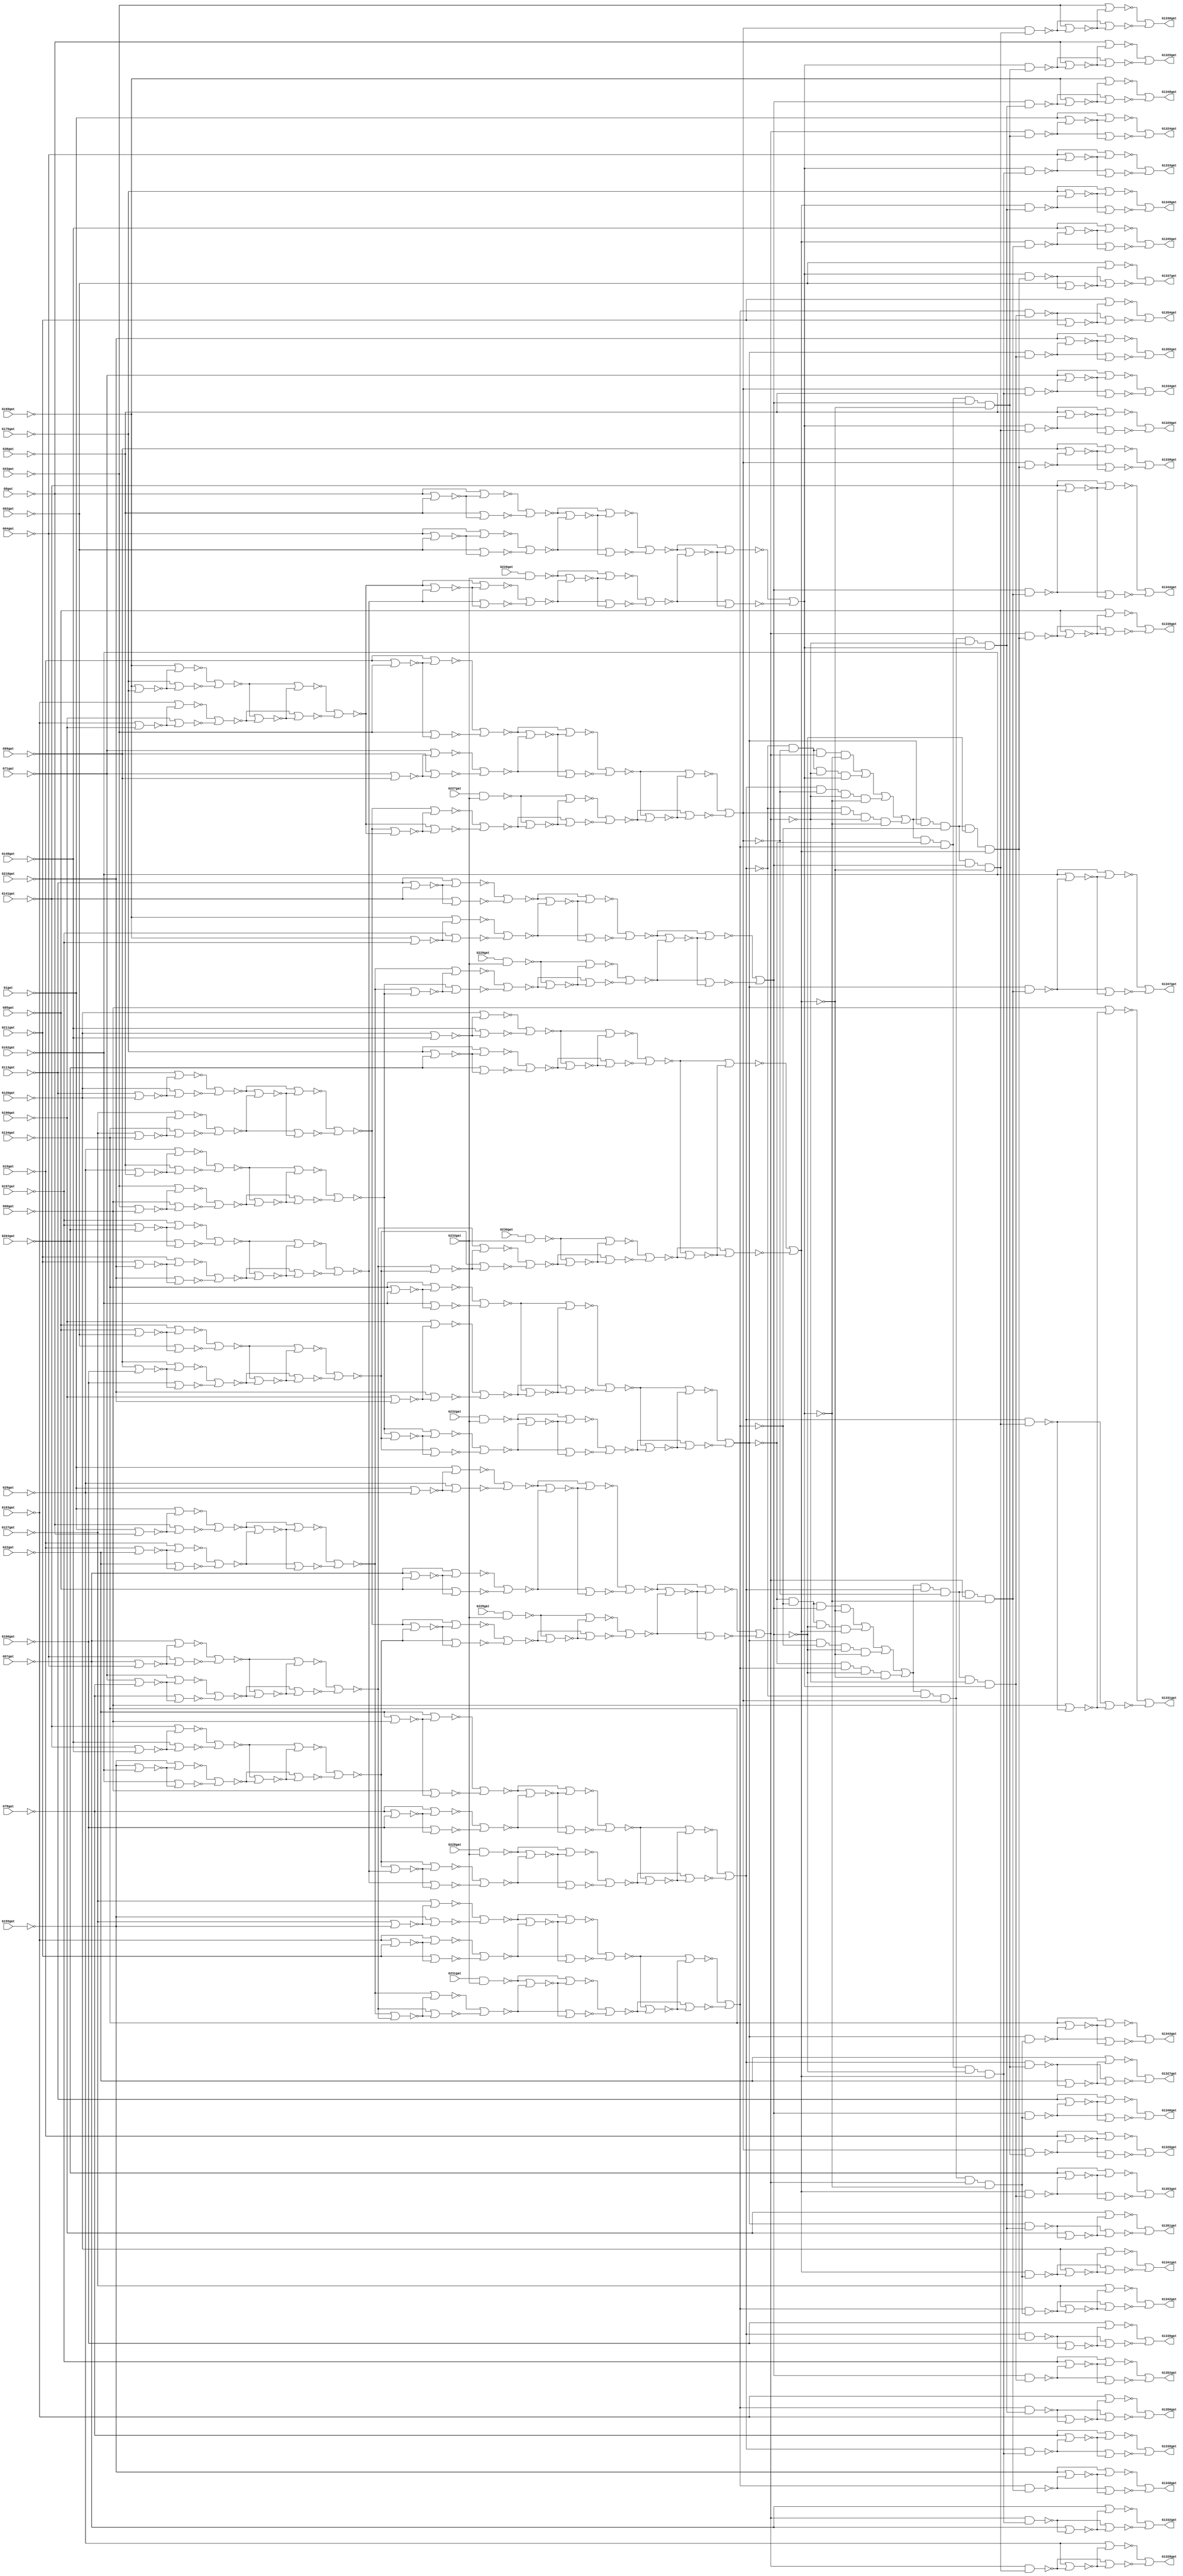
// Benchmark "../Benchmarks/c1355" written by ABC on Fri Feb  4 08:43:48 2022

module c1355  ( 
    G1gat, G8gat, G15gat, G22gat, G29gat, G36gat, G43gat, G50gat, G57gat,
    G64gat, G71gat, G78gat, G85gat, G92gat, G99gat, G106gat, G113gat,
    G120gat, G127gat, G134gat, G141gat, G148gat, G155gat, G162gat, G169gat,
    G176gat, G183gat, G190gat, G197gat, G204gat, G211gat, G218gat, G225gat,
    G226gat, G227gat, G228gat, G229gat, G230gat, G231gat, G232gat, G233gat,
    G1324gat, G1325gat, G1326gat, G1327gat, G1328gat, G1329gat, G1330gat,
    G1331gat, G1332gat, G1333gat, G1334gat, G1335gat, G1336gat, G1337gat,
    G1338gat, G1339gat, G1340gat, G1341gat, G1342gat, G1343gat, G1344gat,
    G1345gat, G1346gat, G1347gat, G1348gat, G1349gat, G1350gat, G1351gat,
    G1352gat, G1353gat, G1354gat, G1355gat  );
  input  G1gat, G8gat, G15gat, G22gat, G29gat, G36gat, G43gat, G50gat,
    G57gat, G64gat, G71gat, G78gat, G85gat, G92gat, G99gat, G106gat,
    G113gat, G120gat, G127gat, G134gat, G141gat, G148gat, G155gat, G162gat,
    G169gat, G176gat, G183gat, G190gat, G197gat, G204gat, G211gat, G218gat,
    G225gat, G226gat, G227gat, G228gat, G229gat, G230gat, G231gat, G232gat,
    G233gat;
  output G1324gat, G1325gat, G1326gat, G1327gat, G1328gat, G1329gat, G1330gat,
    G1331gat, G1332gat, G1333gat, G1334gat, G1335gat, G1336gat, G1337gat,
    G1338gat, G1339gat, G1340gat, G1341gat, G1342gat, G1343gat, G1344gat,
    G1345gat, G1346gat, G1347gat, G1348gat, G1349gat, G1350gat, G1351gat,
    G1352gat, G1353gat, G1354gat, G1355gat;
  wire new_G242gat_, new_G245gat_, new_G248gat_, new_G251gat_, new_G254gat_,
    new_G257gat_, new_G260gat_, new_G263gat_, new_G266gat_, new_G269gat_,
    new_G272gat_, new_G275gat_, new_G278gat_, new_G281gat_, new_G284gat_,
    new_G287gat_, new_G290gat_, new_G293gat_, new_G296gat_, new_G299gat_,
    new_G302gat_, new_G305gat_, new_G308gat_, new_G311gat_, new_G314gat_,
    new_G317gat_, new_G320gat_, new_G323gat_, new_G326gat_, new_G329gat_,
    new_G332gat_, new_G335gat_, new_G338gat_, new_G341gat_, new_G344gat_,
    new_G347gat_, new_G350gat_, new_G353gat_, new_G356gat_, new_G359gat_,
    new_G362gat_, new_G363gat_, new_G364gat_, new_G365gat_, new_G366gat_,
    new_G367gat_, new_G368gat_, new_G369gat_, new_G370gat_, new_G371gat_,
    new_G372gat_, new_G373gat_, new_G374gat_, new_G375gat_, new_G376gat_,
    new_G377gat_, new_G378gat_, new_G379gat_, new_G380gat_, new_G381gat_,
    new_G382gat_, new_G383gat_, new_G384gat_, new_G385gat_, new_G386gat_,
    new_G387gat_, new_G388gat_, new_G389gat_, new_G390gat_, new_G391gat_,
    new_G392gat_, new_G393gat_, new_G394gat_, new_G395gat_, new_G396gat_,
    new_G397gat_, new_G398gat_, new_G399gat_, new_G400gat_, new_G401gat_,
    new_G402gat_, new_G403gat_, new_G404gat_, new_G405gat_, new_G406gat_,
    new_G407gat_, new_G408gat_, new_G409gat_, new_G410gat_, new_G411gat_,
    new_G412gat_, new_G413gat_, new_G414gat_, new_G415gat_, new_G416gat_,
    new_G417gat_, new_G418gat_, new_G419gat_, new_G420gat_, new_G421gat_,
    new_G422gat_, new_G423gat_, new_G424gat_, new_G425gat_, new_G426gat_,
    new_G429gat_, new_G432gat_, new_G435gat_, new_G438gat_, new_G441gat_,
    new_G444gat_, new_G447gat_, new_G450gat_, new_G453gat_, new_G456gat_,
    new_G459gat_, new_G462gat_, new_G465gat_, new_G468gat_, new_G471gat_,
    new_G474gat_, new_G477gat_, new_G480gat_, new_G483gat_, new_G486gat_,
    new_G489gat_, new_G492gat_, new_G495gat_, new_G498gat_, new_G501gat_,
    new_G504gat_, new_G507gat_, new_G510gat_, new_G513gat_, new_G516gat_,
    new_G519gat_, new_G522gat_, new_G525gat_, new_G528gat_, new_G531gat_,
    new_G534gat_, new_G537gat_, new_G540gat_, new_G543gat_, new_G546gat_,
    new_G549gat_, new_G552gat_, new_G555gat_, new_G558gat_, new_G561gat_,
    new_G564gat_, new_G567gat_, new_G570gat_, new_G571gat_, new_G572gat_,
    new_G573gat_, new_G574gat_, new_G575gat_, new_G576gat_, new_G577gat_,
    new_G578gat_, new_G579gat_, new_G580gat_, new_G581gat_, new_G582gat_,
    new_G583gat_, new_G584gat_, new_G585gat_, new_G586gat_, new_G587gat_,
    new_G588gat_, new_G589gat_, new_G590gat_, new_G591gat_, new_G592gat_,
    new_G593gat_, new_G594gat_, new_G595gat_, new_G596gat_, new_G597gat_,
    new_G598gat_, new_G599gat_, new_G600gat_, new_G601gat_, new_G602gat_,
    new_G607gat_, new_G612gat_, new_G617gat_, new_G622gat_, new_G627gat_,
    new_G632gat_, new_G637gat_, new_G642gat_, new_G645gat_, new_G648gat_,
    new_G651gat_, new_G654gat_, new_G657gat_, new_G660gat_, new_G663gat_,
    new_G666gat_, new_G669gat_, new_G672gat_, new_G675gat_, new_G678gat_,
    new_G681gat_, new_G684gat_, new_G687gat_, new_G690gat_, new_G691gat_,
    new_G692gat_, new_G693gat_, new_G694gat_, new_G695gat_, new_G696gat_,
    new_G697gat_, new_G698gat_, new_G699gat_, new_G700gat_, new_G701gat_,
    new_G702gat_, new_G703gat_, new_G704gat_, new_G705gat_, new_G706gat_,
    new_G709gat_, new_G712gat_, new_G715gat_, new_G718gat_, new_G721gat_,
    new_G724gat_, new_G727gat_, new_G730gat_, new_G733gat_, new_G736gat_,
    new_G739gat_, new_G742gat_, new_G745gat_, new_G748gat_, new_G751gat_,
    new_G754gat_, new_G755gat_, new_G756gat_, new_G757gat_, new_G758gat_,
    new_G759gat_, new_G760gat_, new_G761gat_, new_G762gat_, new_G763gat_,
    new_G764gat_, new_G765gat_, new_G766gat_, new_G767gat_, new_G768gat_,
    new_G769gat_, new_G770gat_, new_G773gat_, new_G776gat_, new_G779gat_,
    new_G782gat_, new_G785gat_, new_G788gat_, new_G791gat_, new_G794gat_,
    new_G797gat_, new_G800gat_, new_G803gat_, new_G806gat_, new_G809gat_,
    new_G812gat_, new_G815gat_, new_G818gat_, new_G819gat_, new_G820gat_,
    new_G821gat_, new_G822gat_, new_G823gat_, new_G824gat_, new_G825gat_,
    new_G826gat_, new_G827gat_, new_G828gat_, new_G829gat_, new_G830gat_,
    new_G831gat_, new_G832gat_, new_G833gat_, new_G834gat_, new_G847gat_,
    new_G860gat_, new_G873gat_, new_G886gat_, new_G899gat_, new_G912gat_,
    new_G925gat_, new_G938gat_, new_G939gat_, new_G940gat_, new_G941gat_,
    new_G942gat_, new_G943gat_, new_G944gat_, new_G945gat_, new_G946gat_,
    new_G947gat_, new_G948gat_, new_G949gat_, new_G950gat_, new_G951gat_,
    new_G952gat_, new_G953gat_, new_G954gat_, new_G955gat_, new_G956gat_,
    new_G957gat_, new_G958gat_, new_G959gat_, new_G960gat_, new_G961gat_,
    new_G962gat_, new_G963gat_, new_G964gat_, new_G965gat_, new_G966gat_,
    new_G967gat_, new_G968gat_, new_G969gat_, new_G970gat_, new_G971gat_,
    new_G972gat_, new_G973gat_, new_G974gat_, new_G975gat_, new_G976gat_,
    new_G977gat_, new_G978gat_, new_G979gat_, new_G980gat_, new_G981gat_,
    new_G982gat_, new_G983gat_, new_G984gat_, new_G985gat_, new_G986gat_,
    new_G991gat_, new_G996gat_, new_G1001gat_, new_G1006gat_,
    new_G1011gat_, new_G1016gat_, new_G1021gat_, new_G1026gat_,
    new_G1031gat_, new_G1036gat_, new_G1039gat_, new_G1042gat_,
    new_G1045gat_, new_G1048gat_, new_G1051gat_, new_G1054gat_,
    new_G1057gat_, new_G1060gat_, new_G1063gat_, new_G1066gat_,
    new_G1069gat_, new_G1072gat_, new_G1075gat_, new_G1078gat_,
    new_G1081gat_, new_G1084gat_, new_G1087gat_, new_G1090gat_,
    new_G1093gat_, new_G1096gat_, new_G1099gat_, new_G1102gat_,
    new_G1105gat_, new_G1108gat_, new_G1111gat_, new_G1114gat_,
    new_G1117gat_, new_G1120gat_, new_G1123gat_, new_G1126gat_,
    new_G1129gat_, new_G1132gat_, new_G1135gat_, new_G1138gat_,
    new_G1141gat_, new_G1144gat_, new_G1147gat_, new_G1150gat_,
    new_G1153gat_, new_G1156gat_, new_G1159gat_, new_G1162gat_,
    new_G1165gat_, new_G1168gat_, new_G1171gat_, new_G1174gat_,
    new_G1177gat_, new_G1180gat_, new_G1183gat_, new_G1186gat_,
    new_G1189gat_, new_G1192gat_, new_G1195gat_, new_G1198gat_,
    new_G1201gat_, new_G1204gat_, new_G1207gat_, new_G1210gat_,
    new_G1213gat_, new_G1216gat_, new_G1219gat_, new_G1222gat_,
    new_G1225gat_, new_G1228gat_, new_G1229gat_, new_G1230gat_,
    new_G1231gat_, new_G1232gat_, new_G1233gat_, new_G1234gat_,
    new_G1235gat_, new_G1236gat_, new_G1237gat_, new_G1238gat_,
    new_G1239gat_, new_G1240gat_, new_G1241gat_, new_G1242gat_,
    new_G1243gat_, new_G1244gat_, new_G1245gat_, new_G1246gat_,
    new_G1247gat_, new_G1248gat_, new_G1249gat_, new_G1250gat_,
    new_G1251gat_, new_G1252gat_, new_G1253gat_, new_G1254gat_,
    new_G1255gat_, new_G1256gat_, new_G1257gat_, new_G1258gat_,
    new_G1259gat_, new_G1260gat_, new_G1261gat_, new_G1262gat_,
    new_G1263gat_, new_G1264gat_, new_G1265gat_, new_G1266gat_,
    new_G1267gat_, new_G1268gat_, new_G1269gat_, new_G1270gat_,
    new_G1271gat_, new_G1272gat_, new_G1273gat_, new_G1274gat_,
    new_G1275gat_, new_G1276gat_, new_G1277gat_, new_G1278gat_,
    new_G1279gat_, new_G1280gat_, new_G1281gat_, new_G1282gat_,
    new_G1283gat_, new_G1284gat_, new_G1285gat_, new_G1286gat_,
    new_G1287gat_, new_G1288gat_, new_G1289gat_, new_G1290gat_,
    new_G1291gat_, new_G1292gat_, new_G1293gat_, new_G1294gat_,
    new_G1295gat_, new_G1296gat_, new_G1297gat_, new_G1298gat_,
    new_G1299gat_, new_G1300gat_, new_G1301gat_, new_G1302gat_,
    new_G1303gat_, new_G1304gat_, new_G1305gat_, new_G1306gat_,
    new_G1307gat_, new_G1308gat_, new_G1309gat_, new_G1310gat_,
    new_G1311gat_, new_G1312gat_, new_G1313gat_, new_G1314gat_,
    new_G1315gat_, new_G1316gat_, new_G1317gat_, new_G1318gat_,
    new_G1319gat_, new_G1320gat_, new_G1321gat_, new_G1322gat_,
    new_G1323gat_;
  assign new_G242gat_ = G225gat & G233gat;
  assign new_G245gat_ = G226gat & G233gat;
  assign new_G248gat_ = G227gat & G233gat;
  assign new_G251gat_ = G228gat & G233gat;
  assign new_G254gat_ = G229gat & G233gat;
  assign new_G257gat_ = G230gat & G233gat;
  assign new_G260gat_ = G231gat & G233gat;
  assign new_G263gat_ = G232gat & G233gat;
  assign new_G266gat_ = ~G1gat | ~G8gat;
  assign new_G269gat_ = ~G15gat | ~G22gat;
  assign new_G272gat_ = ~G29gat | ~G36gat;
  assign new_G275gat_ = ~G43gat | ~G50gat;
  assign new_G278gat_ = ~G57gat | ~G64gat;
  assign new_G281gat_ = ~G71gat | ~G78gat;
  assign new_G284gat_ = ~G85gat | ~G92gat;
  assign new_G287gat_ = ~G99gat | ~G106gat;
  assign new_G290gat_ = ~G113gat | ~G120gat;
  assign new_G293gat_ = ~G127gat | ~G134gat;
  assign new_G296gat_ = ~G141gat | ~G148gat;
  assign new_G299gat_ = ~G155gat | ~G162gat;
  assign new_G302gat_ = ~G169gat | ~G176gat;
  assign new_G305gat_ = ~G183gat | ~G190gat;
  assign new_G308gat_ = ~G197gat | ~G204gat;
  assign new_G311gat_ = ~G211gat | ~G218gat;
  assign new_G314gat_ = ~G1gat | ~G29gat;
  assign new_G317gat_ = ~G57gat | ~G85gat;
  assign new_G320gat_ = ~G8gat | ~G36gat;
  assign new_G323gat_ = ~G64gat | ~G92gat;
  assign new_G326gat_ = ~G15gat | ~G43gat;
  assign new_G329gat_ = ~G71gat | ~G99gat;
  assign new_G332gat_ = ~G22gat | ~G50gat;
  assign new_G335gat_ = ~G78gat | ~G106gat;
  assign new_G338gat_ = ~G113gat | ~G141gat;
  assign new_G341gat_ = ~G169gat | ~G197gat;
  assign new_G344gat_ = ~G120gat | ~G148gat;
  assign new_G347gat_ = ~G176gat | ~G204gat;
  assign new_G350gat_ = ~G127gat | ~G155gat;
  assign new_G353gat_ = ~G183gat | ~G211gat;
  assign new_G356gat_ = ~G134gat | ~G162gat;
  assign new_G359gat_ = ~G190gat | ~G218gat;
  assign new_G362gat_ = ~G1gat | ~new_G266gat_;
  assign new_G363gat_ = ~G8gat | ~new_G266gat_;
  assign new_G364gat_ = ~G15gat | ~new_G269gat_;
  assign new_G365gat_ = ~G22gat | ~new_G269gat_;
  assign new_G366gat_ = ~G29gat | ~new_G272gat_;
  assign new_G367gat_ = ~G36gat | ~new_G272gat_;
  assign new_G368gat_ = ~G43gat | ~new_G275gat_;
  assign new_G369gat_ = ~G50gat | ~new_G275gat_;
  assign new_G370gat_ = ~G57gat | ~new_G278gat_;
  assign new_G371gat_ = ~G64gat | ~new_G278gat_;
  assign new_G372gat_ = ~G71gat | ~new_G281gat_;
  assign new_G373gat_ = ~G78gat | ~new_G281gat_;
  assign new_G374gat_ = ~G85gat | ~new_G284gat_;
  assign new_G375gat_ = ~G92gat | ~new_G284gat_;
  assign new_G376gat_ = ~G99gat | ~new_G287gat_;
  assign new_G377gat_ = ~G106gat | ~new_G287gat_;
  assign new_G378gat_ = ~G113gat | ~new_G290gat_;
  assign new_G379gat_ = ~G120gat | ~new_G290gat_;
  assign new_G380gat_ = ~G127gat | ~new_G293gat_;
  assign new_G381gat_ = ~G134gat | ~new_G293gat_;
  assign new_G382gat_ = ~G141gat | ~new_G296gat_;
  assign new_G383gat_ = ~G148gat | ~new_G296gat_;
  assign new_G384gat_ = ~G155gat | ~new_G299gat_;
  assign new_G385gat_ = ~G162gat | ~new_G299gat_;
  assign new_G386gat_ = ~G169gat | ~new_G302gat_;
  assign new_G387gat_ = ~G176gat | ~new_G302gat_;
  assign new_G388gat_ = ~G183gat | ~new_G305gat_;
  assign new_G389gat_ = ~G190gat | ~new_G305gat_;
  assign new_G390gat_ = ~G197gat | ~new_G308gat_;
  assign new_G391gat_ = ~G204gat | ~new_G308gat_;
  assign new_G392gat_ = ~G211gat | ~new_G311gat_;
  assign new_G393gat_ = ~G218gat | ~new_G311gat_;
  assign new_G394gat_ = ~G1gat | ~new_G314gat_;
  assign new_G395gat_ = ~G29gat | ~new_G314gat_;
  assign new_G396gat_ = ~G57gat | ~new_G317gat_;
  assign new_G397gat_ = ~G85gat | ~new_G317gat_;
  assign new_G398gat_ = ~G8gat | ~new_G320gat_;
  assign new_G399gat_ = ~G36gat | ~new_G320gat_;
  assign new_G400gat_ = ~G64gat | ~new_G323gat_;
  assign new_G401gat_ = ~G92gat | ~new_G323gat_;
  assign new_G402gat_ = ~G15gat | ~new_G326gat_;
  assign new_G403gat_ = ~G43gat | ~new_G326gat_;
  assign new_G404gat_ = ~G71gat | ~new_G329gat_;
  assign new_G405gat_ = ~G99gat | ~new_G329gat_;
  assign new_G406gat_ = ~G22gat | ~new_G332gat_;
  assign new_G407gat_ = ~G50gat | ~new_G332gat_;
  assign new_G408gat_ = ~G78gat | ~new_G335gat_;
  assign new_G409gat_ = ~G106gat | ~new_G335gat_;
  assign new_G410gat_ = ~G113gat | ~new_G338gat_;
  assign new_G411gat_ = ~G141gat | ~new_G338gat_;
  assign new_G412gat_ = ~G169gat | ~new_G341gat_;
  assign new_G413gat_ = ~G197gat | ~new_G341gat_;
  assign new_G414gat_ = ~G120gat | ~new_G344gat_;
  assign new_G415gat_ = ~G148gat | ~new_G344gat_;
  assign new_G416gat_ = ~G176gat | ~new_G347gat_;
  assign new_G417gat_ = ~G204gat | ~new_G347gat_;
  assign new_G418gat_ = ~G127gat | ~new_G350gat_;
  assign new_G419gat_ = ~G155gat | ~new_G350gat_;
  assign new_G420gat_ = ~G183gat | ~new_G353gat_;
  assign new_G421gat_ = ~G211gat | ~new_G353gat_;
  assign new_G422gat_ = ~G134gat | ~new_G356gat_;
  assign new_G423gat_ = ~G162gat | ~new_G356gat_;
  assign new_G424gat_ = ~G190gat | ~new_G359gat_;
  assign new_G425gat_ = ~G218gat | ~new_G359gat_;
  assign new_G426gat_ = ~new_G362gat_ | ~new_G363gat_;
  assign new_G429gat_ = ~new_G364gat_ | ~new_G365gat_;
  assign new_G432gat_ = ~new_G366gat_ | ~new_G367gat_;
  assign new_G435gat_ = ~new_G368gat_ | ~new_G369gat_;
  assign new_G438gat_ = ~new_G370gat_ | ~new_G371gat_;
  assign new_G441gat_ = ~new_G372gat_ | ~new_G373gat_;
  assign new_G444gat_ = ~new_G374gat_ | ~new_G375gat_;
  assign new_G447gat_ = ~new_G376gat_ | ~new_G377gat_;
  assign new_G450gat_ = ~new_G378gat_ | ~new_G379gat_;
  assign new_G453gat_ = ~new_G380gat_ | ~new_G381gat_;
  assign new_G456gat_ = ~new_G382gat_ | ~new_G383gat_;
  assign new_G459gat_ = ~new_G384gat_ | ~new_G385gat_;
  assign new_G462gat_ = ~new_G386gat_ | ~new_G387gat_;
  assign new_G465gat_ = ~new_G388gat_ | ~new_G389gat_;
  assign new_G468gat_ = ~new_G390gat_ | ~new_G391gat_;
  assign new_G471gat_ = ~new_G392gat_ | ~new_G393gat_;
  assign new_G474gat_ = ~new_G394gat_ | ~new_G395gat_;
  assign new_G477gat_ = ~new_G396gat_ | ~new_G397gat_;
  assign new_G480gat_ = ~new_G398gat_ | ~new_G399gat_;
  assign new_G483gat_ = ~new_G400gat_ | ~new_G401gat_;
  assign new_G486gat_ = ~new_G402gat_ | ~new_G403gat_;
  assign new_G489gat_ = ~new_G404gat_ | ~new_G405gat_;
  assign new_G492gat_ = ~new_G406gat_ | ~new_G407gat_;
  assign new_G495gat_ = ~new_G408gat_ | ~new_G409gat_;
  assign new_G498gat_ = ~new_G410gat_ | ~new_G411gat_;
  assign new_G501gat_ = ~new_G412gat_ | ~new_G413gat_;
  assign new_G504gat_ = ~new_G414gat_ | ~new_G415gat_;
  assign new_G507gat_ = ~new_G416gat_ | ~new_G417gat_;
  assign new_G510gat_ = ~new_G418gat_ | ~new_G419gat_;
  assign new_G513gat_ = ~new_G420gat_ | ~new_G421gat_;
  assign new_G516gat_ = ~new_G422gat_ | ~new_G423gat_;
  assign new_G519gat_ = ~new_G424gat_ | ~new_G425gat_;
  assign new_G522gat_ = ~new_G426gat_ | ~new_G429gat_;
  assign new_G525gat_ = ~new_G432gat_ | ~new_G435gat_;
  assign new_G528gat_ = ~new_G438gat_ | ~new_G441gat_;
  assign new_G531gat_ = ~new_G444gat_ | ~new_G447gat_;
  assign new_G534gat_ = ~new_G450gat_ | ~new_G453gat_;
  assign new_G537gat_ = ~new_G456gat_ | ~new_G459gat_;
  assign new_G540gat_ = ~new_G462gat_ | ~new_G465gat_;
  assign new_G543gat_ = ~new_G468gat_ | ~new_G471gat_;
  assign new_G546gat_ = ~new_G474gat_ | ~new_G477gat_;
  assign new_G549gat_ = ~new_G480gat_ | ~new_G483gat_;
  assign new_G552gat_ = ~new_G486gat_ | ~new_G489gat_;
  assign new_G555gat_ = ~new_G492gat_ | ~new_G495gat_;
  assign new_G558gat_ = ~new_G498gat_ | ~new_G501gat_;
  assign new_G561gat_ = ~new_G504gat_ | ~new_G507gat_;
  assign new_G564gat_ = ~new_G510gat_ | ~new_G513gat_;
  assign new_G567gat_ = ~new_G516gat_ | ~new_G519gat_;
  assign new_G570gat_ = ~new_G426gat_ | ~new_G522gat_;
  assign new_G571gat_ = ~new_G429gat_ | ~new_G522gat_;
  assign new_G572gat_ = ~new_G432gat_ | ~new_G525gat_;
  assign new_G573gat_ = ~new_G435gat_ | ~new_G525gat_;
  assign new_G574gat_ = ~new_G438gat_ | ~new_G528gat_;
  assign new_G575gat_ = ~new_G441gat_ | ~new_G528gat_;
  assign new_G576gat_ = ~new_G444gat_ | ~new_G531gat_;
  assign new_G577gat_ = ~new_G447gat_ | ~new_G531gat_;
  assign new_G578gat_ = ~new_G450gat_ | ~new_G534gat_;
  assign new_G579gat_ = ~new_G453gat_ | ~new_G534gat_;
  assign new_G580gat_ = ~new_G456gat_ | ~new_G537gat_;
  assign new_G581gat_ = ~new_G459gat_ | ~new_G537gat_;
  assign new_G582gat_ = ~new_G462gat_ | ~new_G540gat_;
  assign new_G583gat_ = ~new_G465gat_ | ~new_G540gat_;
  assign new_G584gat_ = ~new_G468gat_ | ~new_G543gat_;
  assign new_G585gat_ = ~new_G471gat_ | ~new_G543gat_;
  assign new_G586gat_ = ~new_G474gat_ | ~new_G546gat_;
  assign new_G587gat_ = ~new_G477gat_ | ~new_G546gat_;
  assign new_G588gat_ = ~new_G480gat_ | ~new_G549gat_;
  assign new_G589gat_ = ~new_G483gat_ | ~new_G549gat_;
  assign new_G590gat_ = ~new_G486gat_ | ~new_G552gat_;
  assign new_G591gat_ = ~new_G489gat_ | ~new_G552gat_;
  assign new_G592gat_ = ~new_G492gat_ | ~new_G555gat_;
  assign new_G593gat_ = ~new_G495gat_ | ~new_G555gat_;
  assign new_G594gat_ = ~new_G498gat_ | ~new_G558gat_;
  assign new_G595gat_ = ~new_G501gat_ | ~new_G558gat_;
  assign new_G596gat_ = ~new_G504gat_ | ~new_G561gat_;
  assign new_G597gat_ = ~new_G507gat_ | ~new_G561gat_;
  assign new_G598gat_ = ~new_G510gat_ | ~new_G564gat_;
  assign new_G599gat_ = ~new_G513gat_ | ~new_G564gat_;
  assign new_G600gat_ = ~new_G516gat_ | ~new_G567gat_;
  assign new_G601gat_ = ~new_G519gat_ | ~new_G567gat_;
  assign new_G602gat_ = ~new_G570gat_ | ~new_G571gat_;
  assign new_G607gat_ = ~new_G572gat_ | ~new_G573gat_;
  assign new_G612gat_ = ~new_G574gat_ | ~new_G575gat_;
  assign new_G617gat_ = ~new_G576gat_ | ~new_G577gat_;
  assign new_G622gat_ = ~new_G578gat_ | ~new_G579gat_;
  assign new_G627gat_ = ~new_G580gat_ | ~new_G581gat_;
  assign new_G632gat_ = ~new_G582gat_ | ~new_G583gat_;
  assign new_G637gat_ = ~new_G584gat_ | ~new_G585gat_;
  assign new_G642gat_ = ~new_G586gat_ | ~new_G587gat_;
  assign new_G645gat_ = ~new_G588gat_ | ~new_G589gat_;
  assign new_G648gat_ = ~new_G590gat_ | ~new_G591gat_;
  assign new_G651gat_ = ~new_G592gat_ | ~new_G593gat_;
  assign new_G654gat_ = ~new_G594gat_ | ~new_G595gat_;
  assign new_G657gat_ = ~new_G596gat_ | ~new_G597gat_;
  assign new_G660gat_ = ~new_G598gat_ | ~new_G599gat_;
  assign new_G663gat_ = ~new_G600gat_ | ~new_G601gat_;
  assign new_G666gat_ = ~new_G602gat_ | ~new_G607gat_;
  assign new_G669gat_ = ~new_G612gat_ | ~new_G617gat_;
  assign new_G672gat_ = ~new_G602gat_ | ~new_G612gat_;
  assign new_G675gat_ = ~new_G607gat_ | ~new_G617gat_;
  assign new_G678gat_ = ~new_G622gat_ | ~new_G627gat_;
  assign new_G681gat_ = ~new_G632gat_ | ~new_G637gat_;
  assign new_G684gat_ = ~new_G622gat_ | ~new_G632gat_;
  assign new_G687gat_ = ~new_G627gat_ | ~new_G637gat_;
  assign new_G690gat_ = ~new_G602gat_ | ~new_G666gat_;
  assign new_G691gat_ = ~new_G607gat_ | ~new_G666gat_;
  assign new_G692gat_ = ~new_G612gat_ | ~new_G669gat_;
  assign new_G693gat_ = ~new_G617gat_ | ~new_G669gat_;
  assign new_G694gat_ = ~new_G602gat_ | ~new_G672gat_;
  assign new_G695gat_ = ~new_G612gat_ | ~new_G672gat_;
  assign new_G696gat_ = ~new_G607gat_ | ~new_G675gat_;
  assign new_G697gat_ = ~new_G617gat_ | ~new_G675gat_;
  assign new_G698gat_ = ~new_G622gat_ | ~new_G678gat_;
  assign new_G699gat_ = ~new_G627gat_ | ~new_G678gat_;
  assign new_G700gat_ = ~new_G632gat_ | ~new_G681gat_;
  assign new_G701gat_ = ~new_G637gat_ | ~new_G681gat_;
  assign new_G702gat_ = ~new_G622gat_ | ~new_G684gat_;
  assign new_G703gat_ = ~new_G632gat_ | ~new_G684gat_;
  assign new_G704gat_ = ~new_G627gat_ | ~new_G687gat_;
  assign new_G705gat_ = ~new_G637gat_ | ~new_G687gat_;
  assign new_G706gat_ = ~new_G690gat_ | ~new_G691gat_;
  assign new_G709gat_ = ~new_G692gat_ | ~new_G693gat_;
  assign new_G712gat_ = ~new_G694gat_ | ~new_G695gat_;
  assign new_G715gat_ = ~new_G696gat_ | ~new_G697gat_;
  assign new_G718gat_ = ~new_G698gat_ | ~new_G699gat_;
  assign new_G721gat_ = ~new_G700gat_ | ~new_G701gat_;
  assign new_G724gat_ = ~new_G702gat_ | ~new_G703gat_;
  assign new_G727gat_ = ~new_G704gat_ | ~new_G705gat_;
  assign new_G730gat_ = ~new_G242gat_ | ~new_G718gat_;
  assign new_G733gat_ = ~new_G245gat_ | ~new_G721gat_;
  assign new_G736gat_ = ~new_G248gat_ | ~new_G724gat_;
  assign new_G739gat_ = ~new_G251gat_ | ~new_G727gat_;
  assign new_G742gat_ = ~new_G254gat_ | ~new_G706gat_;
  assign new_G745gat_ = ~new_G257gat_ | ~new_G709gat_;
  assign new_G748gat_ = ~new_G260gat_ | ~new_G712gat_;
  assign new_G751gat_ = ~new_G263gat_ | ~new_G715gat_;
  assign new_G754gat_ = ~new_G242gat_ | ~new_G730gat_;
  assign new_G755gat_ = ~new_G718gat_ | ~new_G730gat_;
  assign new_G756gat_ = ~new_G245gat_ | ~new_G733gat_;
  assign new_G757gat_ = ~new_G721gat_ | ~new_G733gat_;
  assign new_G758gat_ = ~new_G248gat_ | ~new_G736gat_;
  assign new_G759gat_ = ~new_G724gat_ | ~new_G736gat_;
  assign new_G760gat_ = ~new_G251gat_ | ~new_G739gat_;
  assign new_G761gat_ = ~new_G727gat_ | ~new_G739gat_;
  assign new_G762gat_ = ~new_G254gat_ | ~new_G742gat_;
  assign new_G763gat_ = ~new_G706gat_ | ~new_G742gat_;
  assign new_G764gat_ = ~new_G257gat_ | ~new_G745gat_;
  assign new_G765gat_ = ~new_G709gat_ | ~new_G745gat_;
  assign new_G766gat_ = ~new_G260gat_ | ~new_G748gat_;
  assign new_G767gat_ = ~new_G712gat_ | ~new_G748gat_;
  assign new_G768gat_ = ~new_G263gat_ | ~new_G751gat_;
  assign new_G769gat_ = ~new_G715gat_ | ~new_G751gat_;
  assign new_G770gat_ = ~new_G754gat_ | ~new_G755gat_;
  assign new_G773gat_ = ~new_G756gat_ | ~new_G757gat_;
  assign new_G776gat_ = ~new_G758gat_ | ~new_G759gat_;
  assign new_G779gat_ = ~new_G760gat_ | ~new_G761gat_;
  assign new_G782gat_ = ~new_G762gat_ | ~new_G763gat_;
  assign new_G785gat_ = ~new_G764gat_ | ~new_G765gat_;
  assign new_G788gat_ = ~new_G766gat_ | ~new_G767gat_;
  assign new_G791gat_ = ~new_G768gat_ | ~new_G769gat_;
  assign new_G794gat_ = ~new_G642gat_ | ~new_G770gat_;
  assign new_G797gat_ = ~new_G645gat_ | ~new_G773gat_;
  assign new_G800gat_ = ~new_G648gat_ | ~new_G776gat_;
  assign new_G803gat_ = ~new_G651gat_ | ~new_G779gat_;
  assign new_G806gat_ = ~new_G654gat_ | ~new_G782gat_;
  assign new_G809gat_ = ~new_G657gat_ | ~new_G785gat_;
  assign new_G812gat_ = ~new_G660gat_ | ~new_G788gat_;
  assign new_G815gat_ = ~new_G663gat_ | ~new_G791gat_;
  assign new_G818gat_ = ~new_G642gat_ | ~new_G794gat_;
  assign new_G819gat_ = ~new_G770gat_ | ~new_G794gat_;
  assign new_G820gat_ = ~new_G645gat_ | ~new_G797gat_;
  assign new_G821gat_ = ~new_G773gat_ | ~new_G797gat_;
  assign new_G822gat_ = ~new_G648gat_ | ~new_G800gat_;
  assign new_G823gat_ = ~new_G776gat_ | ~new_G800gat_;
  assign new_G824gat_ = ~new_G651gat_ | ~new_G803gat_;
  assign new_G825gat_ = ~new_G779gat_ | ~new_G803gat_;
  assign new_G826gat_ = ~new_G654gat_ | ~new_G806gat_;
  assign new_G827gat_ = ~new_G782gat_ | ~new_G806gat_;
  assign new_G828gat_ = ~new_G657gat_ | ~new_G809gat_;
  assign new_G829gat_ = ~new_G785gat_ | ~new_G809gat_;
  assign new_G830gat_ = ~new_G660gat_ | ~new_G812gat_;
  assign new_G831gat_ = ~new_G788gat_ | ~new_G812gat_;
  assign new_G832gat_ = ~new_G663gat_ | ~new_G815gat_;
  assign new_G833gat_ = ~new_G791gat_ | ~new_G815gat_;
  assign new_G834gat_ = ~new_G818gat_ | ~new_G819gat_;
  assign new_G847gat_ = ~new_G820gat_ | ~new_G821gat_;
  assign new_G860gat_ = ~new_G822gat_ | ~new_G823gat_;
  assign new_G873gat_ = ~new_G824gat_ | ~new_G825gat_;
  assign new_G886gat_ = ~new_G828gat_ | ~new_G829gat_;
  assign new_G899gat_ = ~new_G832gat_ | ~new_G833gat_;
  assign new_G912gat_ = ~new_G830gat_ | ~new_G831gat_;
  assign new_G925gat_ = ~new_G826gat_ | ~new_G827gat_;
  assign new_G938gat_ = ~new_G834gat_;
  assign new_G939gat_ = ~new_G847gat_;
  assign new_G940gat_ = ~new_G860gat_;
  assign new_G941gat_ = ~new_G834gat_;
  assign new_G942gat_ = ~new_G847gat_;
  assign new_G943gat_ = ~new_G873gat_;
  assign new_G944gat_ = ~new_G834gat_;
  assign new_G945gat_ = ~new_G860gat_;
  assign new_G946gat_ = ~new_G873gat_;
  assign new_G947gat_ = ~new_G847gat_;
  assign new_G948gat_ = ~new_G860gat_;
  assign new_G949gat_ = ~new_G873gat_;
  assign new_G950gat_ = ~new_G886gat_;
  assign new_G951gat_ = ~new_G899gat_;
  assign new_G952gat_ = ~new_G886gat_;
  assign new_G953gat_ = ~new_G912gat_;
  assign new_G954gat_ = ~new_G925gat_;
  assign new_G955gat_ = ~new_G899gat_;
  assign new_G956gat_ = ~new_G925gat_;
  assign new_G957gat_ = ~new_G912gat_;
  assign new_G958gat_ = ~new_G925gat_;
  assign new_G959gat_ = ~new_G886gat_;
  assign new_G960gat_ = ~new_G912gat_;
  assign new_G961gat_ = ~new_G925gat_;
  assign new_G962gat_ = ~new_G886gat_;
  assign new_G963gat_ = ~new_G899gat_;
  assign new_G964gat_ = ~new_G925gat_;
  assign new_G965gat_ = ~new_G912gat_;
  assign new_G966gat_ = ~new_G899gat_;
  assign new_G967gat_ = ~new_G886gat_;
  assign new_G968gat_ = ~new_G912gat_;
  assign new_G969gat_ = ~new_G899gat_;
  assign new_G970gat_ = ~new_G847gat_;
  assign new_G971gat_ = ~new_G873gat_;
  assign new_G972gat_ = ~new_G847gat_;
  assign new_G973gat_ = ~new_G860gat_;
  assign new_G974gat_ = ~new_G834gat_;
  assign new_G975gat_ = ~new_G873gat_;
  assign new_G976gat_ = ~new_G834gat_;
  assign new_G977gat_ = ~new_G860gat_;
  assign new_G978gat_ = new_G873gat_ & new_G940gat_ & new_G938gat_ & new_G939gat_;
  assign new_G979gat_ = new_G943gat_ & new_G860gat_ & new_G941gat_ & new_G942gat_;
  assign new_G980gat_ = new_G946gat_ & new_G945gat_ & new_G944gat_ & new_G847gat_;
  assign new_G981gat_ = new_G949gat_ & new_G948gat_ & new_G834gat_ & new_G947gat_;
  assign new_G982gat_ = new_G899gat_ & new_G960gat_ & new_G958gat_ & new_G959gat_;
  assign new_G983gat_ = new_G963gat_ & new_G912gat_ & new_G961gat_ & new_G962gat_;
  assign new_G984gat_ = new_G966gat_ & new_G965gat_ & new_G964gat_ & new_G886gat_;
  assign new_G985gat_ = new_G969gat_ & new_G968gat_ & new_G925gat_ & new_G967gat_;
  assign new_G986gat_ = new_G981gat_ | new_G980gat_ | new_G978gat_ | new_G979gat_;
  assign new_G991gat_ = new_G985gat_ | new_G984gat_ | new_G982gat_ | new_G983gat_;
  assign new_G996gat_ = new_G986gat_ & new_G951gat_ & new_G912gat_ & new_G925gat_ & new_G950gat_;
  assign new_G1001gat_ = new_G986gat_ & new_G899gat_ & new_G953gat_ & new_G925gat_ & new_G952gat_;
  assign new_G1006gat_ = new_G986gat_ & new_G955gat_ & new_G912gat_ & new_G954gat_ & new_G886gat_;
  assign new_G1011gat_ = new_G986gat_ & new_G899gat_ & new_G957gat_ & new_G956gat_ & new_G886gat_;
  assign new_G1016gat_ = new_G991gat_ & new_G971gat_ & new_G860gat_ & new_G834gat_ & new_G970gat_;
  assign new_G1021gat_ = new_G991gat_ & new_G873gat_ & new_G973gat_ & new_G834gat_ & new_G972gat_;
  assign new_G1026gat_ = new_G991gat_ & new_G975gat_ & new_G860gat_ & new_G974gat_ & new_G847gat_;
  assign new_G1031gat_ = new_G991gat_ & new_G873gat_ & new_G977gat_ & new_G976gat_ & new_G847gat_;
  assign new_G1036gat_ = new_G834gat_ & new_G996gat_;
  assign new_G1039gat_ = new_G847gat_ & new_G996gat_;
  assign new_G1042gat_ = new_G860gat_ & new_G996gat_;
  assign new_G1045gat_ = new_G873gat_ & new_G996gat_;
  assign new_G1048gat_ = new_G834gat_ & new_G1001gat_;
  assign new_G1051gat_ = new_G847gat_ & new_G1001gat_;
  assign new_G1054gat_ = new_G860gat_ & new_G1001gat_;
  assign new_G1057gat_ = new_G873gat_ & new_G1001gat_;
  assign new_G1060gat_ = new_G834gat_ & new_G1006gat_;
  assign new_G1063gat_ = new_G847gat_ & new_G1006gat_;
  assign new_G1066gat_ = new_G860gat_ & new_G1006gat_;
  assign new_G1069gat_ = new_G873gat_ & new_G1006gat_;
  assign new_G1072gat_ = new_G834gat_ & new_G1011gat_;
  assign new_G1075gat_ = new_G847gat_ & new_G1011gat_;
  assign new_G1078gat_ = new_G860gat_ & new_G1011gat_;
  assign new_G1081gat_ = new_G873gat_ & new_G1011gat_;
  assign new_G1084gat_ = new_G925gat_ & new_G1016gat_;
  assign new_G1087gat_ = new_G886gat_ & new_G1016gat_;
  assign new_G1090gat_ = new_G912gat_ & new_G1016gat_;
  assign new_G1093gat_ = new_G899gat_ & new_G1016gat_;
  assign new_G1096gat_ = new_G925gat_ & new_G1021gat_;
  assign new_G1099gat_ = new_G886gat_ & new_G1021gat_;
  assign new_G1102gat_ = new_G912gat_ & new_G1021gat_;
  assign new_G1105gat_ = new_G899gat_ & new_G1021gat_;
  assign new_G1108gat_ = new_G925gat_ & new_G1026gat_;
  assign new_G1111gat_ = new_G886gat_ & new_G1026gat_;
  assign new_G1114gat_ = new_G912gat_ & new_G1026gat_;
  assign new_G1117gat_ = new_G899gat_ & new_G1026gat_;
  assign new_G1120gat_ = new_G925gat_ & new_G1031gat_;
  assign new_G1123gat_ = new_G886gat_ & new_G1031gat_;
  assign new_G1126gat_ = new_G912gat_ & new_G1031gat_;
  assign new_G1129gat_ = new_G899gat_ & new_G1031gat_;
  assign new_G1132gat_ = ~G1gat | ~new_G1036gat_;
  assign new_G1135gat_ = ~G8gat | ~new_G1039gat_;
  assign new_G1138gat_ = ~G15gat | ~new_G1042gat_;
  assign new_G1141gat_ = ~G22gat | ~new_G1045gat_;
  assign new_G1144gat_ = ~G29gat | ~new_G1048gat_;
  assign new_G1147gat_ = ~G36gat | ~new_G1051gat_;
  assign new_G1150gat_ = ~G43gat | ~new_G1054gat_;
  assign new_G1153gat_ = ~G50gat | ~new_G1057gat_;
  assign new_G1156gat_ = ~G57gat | ~new_G1060gat_;
  assign new_G1159gat_ = ~G64gat | ~new_G1063gat_;
  assign new_G1162gat_ = ~G71gat | ~new_G1066gat_;
  assign new_G1165gat_ = ~G78gat | ~new_G1069gat_;
  assign new_G1168gat_ = ~G85gat | ~new_G1072gat_;
  assign new_G1171gat_ = ~G92gat | ~new_G1075gat_;
  assign new_G1174gat_ = ~G99gat | ~new_G1078gat_;
  assign new_G1177gat_ = ~G106gat | ~new_G1081gat_;
  assign new_G1180gat_ = ~G113gat | ~new_G1084gat_;
  assign new_G1183gat_ = ~G120gat | ~new_G1087gat_;
  assign new_G1186gat_ = ~G127gat | ~new_G1090gat_;
  assign new_G1189gat_ = ~G134gat | ~new_G1093gat_;
  assign new_G1192gat_ = ~G141gat | ~new_G1096gat_;
  assign new_G1195gat_ = ~G148gat | ~new_G1099gat_;
  assign new_G1198gat_ = ~G155gat | ~new_G1102gat_;
  assign new_G1201gat_ = ~G162gat | ~new_G1105gat_;
  assign new_G1204gat_ = ~G169gat | ~new_G1108gat_;
  assign new_G1207gat_ = ~G176gat | ~new_G1111gat_;
  assign new_G1210gat_ = ~G183gat | ~new_G1114gat_;
  assign new_G1213gat_ = ~G190gat | ~new_G1117gat_;
  assign new_G1216gat_ = ~G197gat | ~new_G1120gat_;
  assign new_G1219gat_ = ~G204gat | ~new_G1123gat_;
  assign new_G1222gat_ = ~G211gat | ~new_G1126gat_;
  assign new_G1225gat_ = ~G218gat | ~new_G1129gat_;
  assign new_G1228gat_ = ~G1gat | ~new_G1132gat_;
  assign new_G1229gat_ = ~new_G1036gat_ | ~new_G1132gat_;
  assign new_G1230gat_ = ~G8gat | ~new_G1135gat_;
  assign new_G1231gat_ = ~new_G1039gat_ | ~new_G1135gat_;
  assign new_G1232gat_ = ~G15gat | ~new_G1138gat_;
  assign new_G1233gat_ = ~new_G1042gat_ | ~new_G1138gat_;
  assign new_G1234gat_ = ~G22gat | ~new_G1141gat_;
  assign new_G1235gat_ = ~new_G1045gat_ | ~new_G1141gat_;
  assign new_G1236gat_ = ~G29gat | ~new_G1144gat_;
  assign new_G1237gat_ = ~new_G1048gat_ | ~new_G1144gat_;
  assign new_G1238gat_ = ~G36gat | ~new_G1147gat_;
  assign new_G1239gat_ = ~new_G1051gat_ | ~new_G1147gat_;
  assign new_G1240gat_ = ~G43gat | ~new_G1150gat_;
  assign new_G1241gat_ = ~new_G1054gat_ | ~new_G1150gat_;
  assign new_G1242gat_ = ~G50gat | ~new_G1153gat_;
  assign new_G1243gat_ = ~new_G1057gat_ | ~new_G1153gat_;
  assign new_G1244gat_ = ~G57gat | ~new_G1156gat_;
  assign new_G1245gat_ = ~new_G1060gat_ | ~new_G1156gat_;
  assign new_G1246gat_ = ~G64gat | ~new_G1159gat_;
  assign new_G1247gat_ = ~new_G1063gat_ | ~new_G1159gat_;
  assign new_G1248gat_ = ~G71gat | ~new_G1162gat_;
  assign new_G1249gat_ = ~new_G1066gat_ | ~new_G1162gat_;
  assign new_G1250gat_ = ~G78gat | ~new_G1165gat_;
  assign new_G1251gat_ = ~new_G1069gat_ | ~new_G1165gat_;
  assign new_G1252gat_ = ~G85gat | ~new_G1168gat_;
  assign new_G1253gat_ = ~new_G1072gat_ | ~new_G1168gat_;
  assign new_G1254gat_ = ~G92gat | ~new_G1171gat_;
  assign new_G1255gat_ = ~new_G1075gat_ | ~new_G1171gat_;
  assign new_G1256gat_ = ~G99gat | ~new_G1174gat_;
  assign new_G1257gat_ = ~new_G1078gat_ | ~new_G1174gat_;
  assign new_G1258gat_ = ~G106gat | ~new_G1177gat_;
  assign new_G1259gat_ = ~new_G1081gat_ | ~new_G1177gat_;
  assign new_G1260gat_ = ~G113gat | ~new_G1180gat_;
  assign new_G1261gat_ = ~new_G1084gat_ | ~new_G1180gat_;
  assign new_G1262gat_ = ~G120gat | ~new_G1183gat_;
  assign new_G1263gat_ = ~new_G1087gat_ | ~new_G1183gat_;
  assign new_G1264gat_ = ~G127gat | ~new_G1186gat_;
  assign new_G1265gat_ = ~new_G1090gat_ | ~new_G1186gat_;
  assign new_G1266gat_ = ~G134gat | ~new_G1189gat_;
  assign new_G1267gat_ = ~new_G1093gat_ | ~new_G1189gat_;
  assign new_G1268gat_ = ~G141gat | ~new_G1192gat_;
  assign new_G1269gat_ = ~new_G1096gat_ | ~new_G1192gat_;
  assign new_G1270gat_ = ~G148gat | ~new_G1195gat_;
  assign new_G1271gat_ = ~new_G1099gat_ | ~new_G1195gat_;
  assign new_G1272gat_ = ~G155gat | ~new_G1198gat_;
  assign new_G1273gat_ = ~new_G1102gat_ | ~new_G1198gat_;
  assign new_G1274gat_ = ~G162gat | ~new_G1201gat_;
  assign new_G1275gat_ = ~new_G1105gat_ | ~new_G1201gat_;
  assign new_G1276gat_ = ~G169gat | ~new_G1204gat_;
  assign new_G1277gat_ = ~new_G1108gat_ | ~new_G1204gat_;
  assign new_G1278gat_ = ~G176gat | ~new_G1207gat_;
  assign new_G1279gat_ = ~new_G1111gat_ | ~new_G1207gat_;
  assign new_G1280gat_ = ~G183gat | ~new_G1210gat_;
  assign new_G1281gat_ = ~new_G1114gat_ | ~new_G1210gat_;
  assign new_G1282gat_ = ~G190gat | ~new_G1213gat_;
  assign new_G1283gat_ = ~new_G1117gat_ | ~new_G1213gat_;
  assign new_G1284gat_ = ~G197gat | ~new_G1216gat_;
  assign new_G1285gat_ = ~new_G1120gat_ | ~new_G1216gat_;
  assign new_G1286gat_ = ~G204gat | ~new_G1219gat_;
  assign new_G1287gat_ = ~new_G1123gat_ | ~new_G1219gat_;
  assign new_G1288gat_ = ~G211gat | ~new_G1222gat_;
  assign new_G1289gat_ = ~new_G1126gat_ | ~new_G1222gat_;
  assign new_G1290gat_ = ~G218gat | ~new_G1225gat_;
  assign new_G1291gat_ = ~new_G1129gat_ | ~new_G1225gat_;
  assign new_G1292gat_ = ~new_G1228gat_ | ~new_G1229gat_;
  assign new_G1293gat_ = ~new_G1230gat_ | ~new_G1231gat_;
  assign new_G1294gat_ = ~new_G1232gat_ | ~new_G1233gat_;
  assign new_G1295gat_ = ~new_G1234gat_ | ~new_G1235gat_;
  assign new_G1296gat_ = ~new_G1236gat_ | ~new_G1237gat_;
  assign new_G1297gat_ = ~new_G1238gat_ | ~new_G1239gat_;
  assign new_G1298gat_ = ~new_G1240gat_ | ~new_G1241gat_;
  assign new_G1299gat_ = ~new_G1242gat_ | ~new_G1243gat_;
  assign new_G1300gat_ = ~new_G1244gat_ | ~new_G1245gat_;
  assign new_G1301gat_ = ~new_G1246gat_ | ~new_G1247gat_;
  assign new_G1302gat_ = ~new_G1248gat_ | ~new_G1249gat_;
  assign new_G1303gat_ = ~new_G1250gat_ | ~new_G1251gat_;
  assign new_G1304gat_ = ~new_G1252gat_ | ~new_G1253gat_;
  assign new_G1305gat_ = ~new_G1254gat_ | ~new_G1255gat_;
  assign new_G1306gat_ = ~new_G1256gat_ | ~new_G1257gat_;
  assign new_G1307gat_ = ~new_G1258gat_ | ~new_G1259gat_;
  assign new_G1308gat_ = ~new_G1260gat_ | ~new_G1261gat_;
  assign new_G1309gat_ = ~new_G1262gat_ | ~new_G1263gat_;
  assign new_G1310gat_ = ~new_G1264gat_ | ~new_G1265gat_;
  assign new_G1311gat_ = ~new_G1266gat_ | ~new_G1267gat_;
  assign new_G1312gat_ = ~new_G1268gat_ | ~new_G1269gat_;
  assign new_G1313gat_ = ~new_G1270gat_ | ~new_G1271gat_;
  assign new_G1314gat_ = ~new_G1272gat_ | ~new_G1273gat_;
  assign new_G1315gat_ = ~new_G1274gat_ | ~new_G1275gat_;
  assign new_G1316gat_ = ~new_G1276gat_ | ~new_G1277gat_;
  assign new_G1317gat_ = ~new_G1278gat_ | ~new_G1279gat_;
  assign new_G1318gat_ = ~new_G1280gat_ | ~new_G1281gat_;
  assign new_G1319gat_ = ~new_G1282gat_ | ~new_G1283gat_;
  assign new_G1320gat_ = ~new_G1284gat_ | ~new_G1285gat_;
  assign new_G1321gat_ = ~new_G1286gat_ | ~new_G1287gat_;
  assign new_G1322gat_ = ~new_G1288gat_ | ~new_G1289gat_;
  assign new_G1323gat_ = ~new_G1290gat_ | ~new_G1291gat_;
  assign G1324gat = new_G1292gat_;
  assign G1325gat = new_G1293gat_;
  assign G1326gat = new_G1294gat_;
  assign G1327gat = new_G1295gat_;
  assign G1328gat = new_G1296gat_;
  assign G1329gat = new_G1297gat_;
  assign G1330gat = new_G1298gat_;
  assign G1331gat = new_G1299gat_;
  assign G1332gat = new_G1300gat_;
  assign G1333gat = new_G1301gat_;
  assign G1334gat = new_G1302gat_;
  assign G1335gat = new_G1303gat_;
  assign G1336gat = new_G1304gat_;
  assign G1337gat = new_G1305gat_;
  assign G1338gat = new_G1306gat_;
  assign G1339gat = new_G1307gat_;
  assign G1340gat = new_G1308gat_;
  assign G1341gat = new_G1309gat_;
  assign G1342gat = new_G1310gat_;
  assign G1343gat = new_G1311gat_;
  assign G1344gat = new_G1312gat_;
  assign G1345gat = new_G1313gat_;
  assign G1346gat = new_G1314gat_;
  assign G1347gat = new_G1315gat_;
  assign G1348gat = new_G1316gat_;
  assign G1349gat = new_G1317gat_;
  assign G1350gat = new_G1318gat_;
  assign G1351gat = new_G1319gat_;
  assign G1352gat = new_G1320gat_;
  assign G1353gat = new_G1321gat_;
  assign G1354gat = new_G1322gat_;
  assign G1355gat = new_G1323gat_;
endmodule